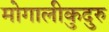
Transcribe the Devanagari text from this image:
मोगालीकुदुरु